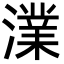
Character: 澲